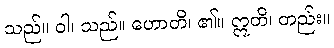
သည်။ ဝါ၊ သည်။ ဟောတိ၊ ၏။ ဣတိ၊ တည်း။